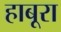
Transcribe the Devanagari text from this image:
हाबूरा